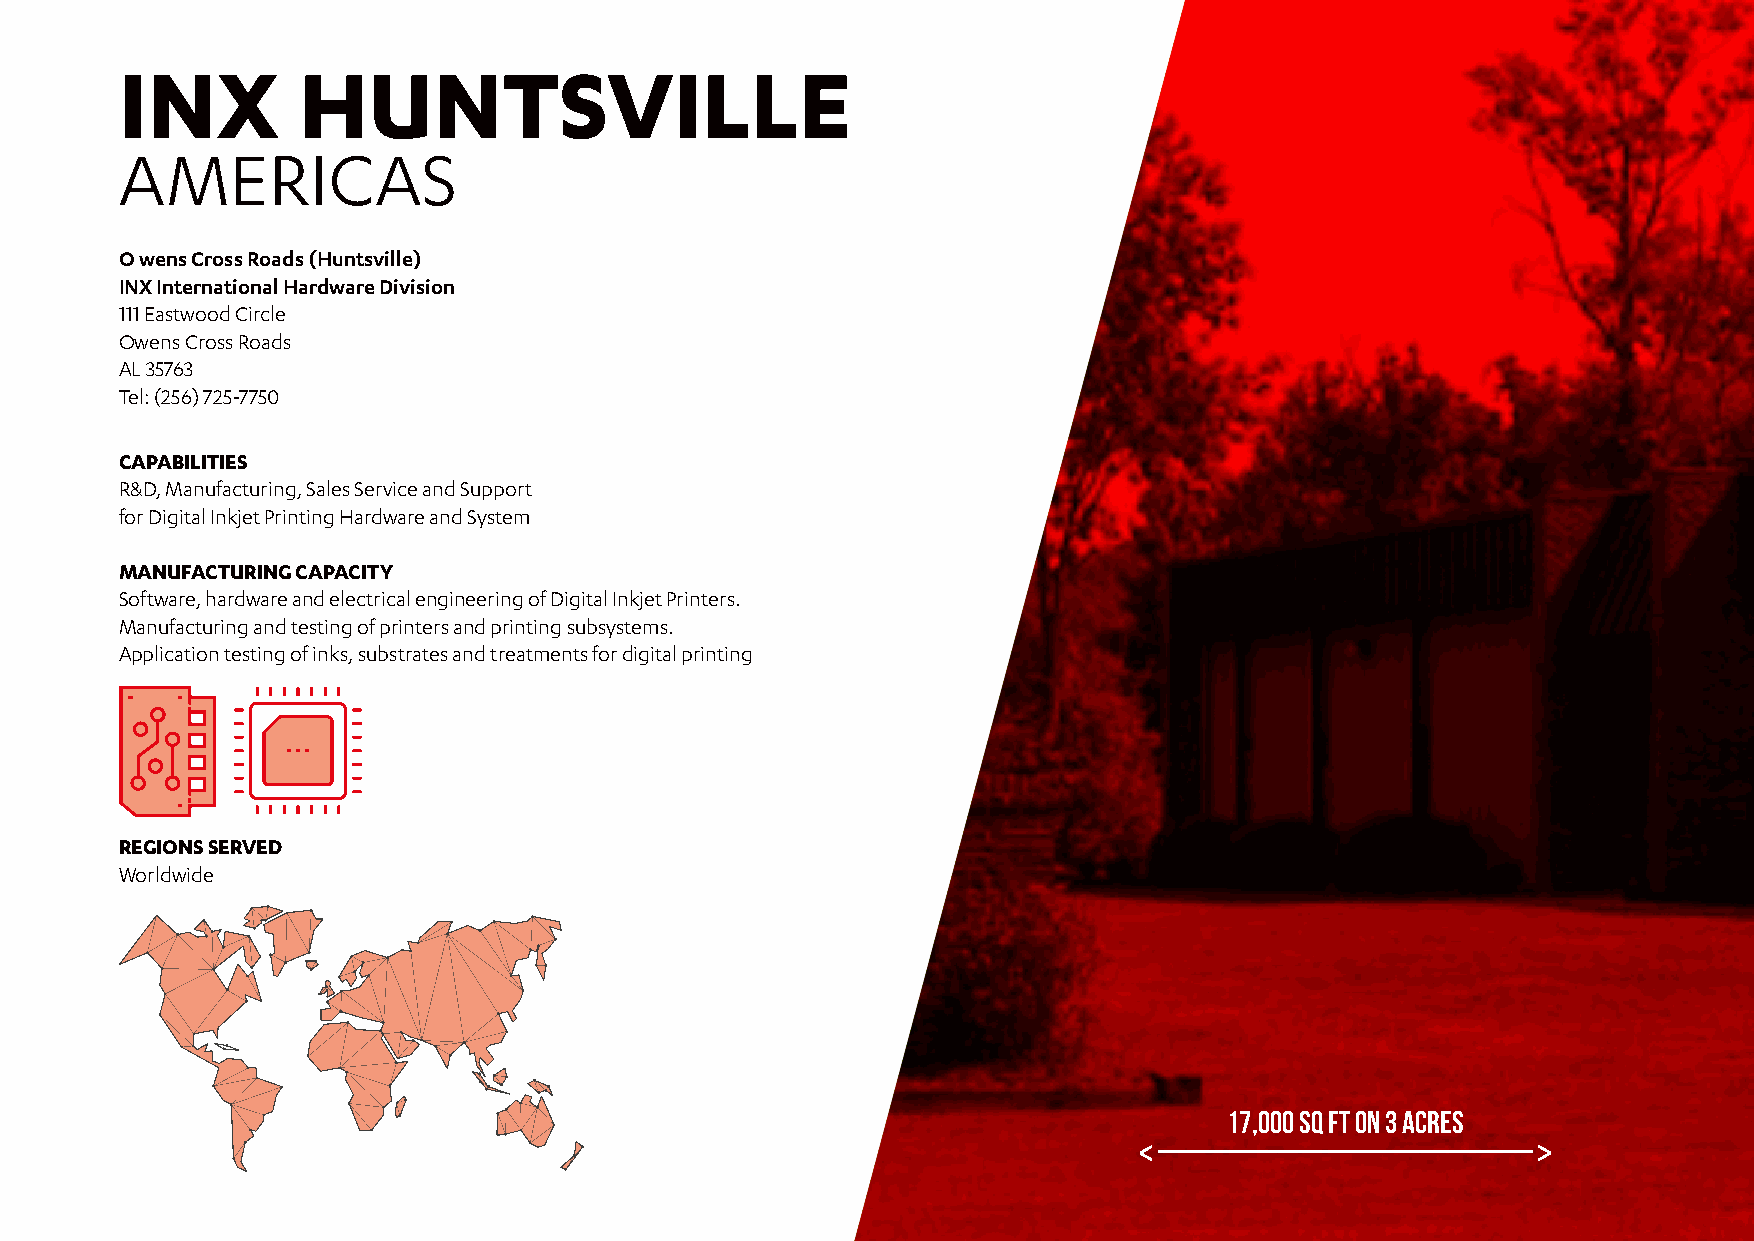
INX         HUNTSVILLE
 AMERICAS
 O wens Cross Roads (Huntsville)
 INX International Hardware Division
 111 Eastwood Circle
 Owens Cross Roads
 AL 35763
 Tel: (256) 725-7750
 CAPABILITIES
 R&D, Manufacturing, Sales Service and Support
 for Digital Inkjet Printing Hardware and System
 MANUFACTURING CAPACITY
 Software, hardware and electrical engineering of Digital Inkjet Printers.
 Manufacturing and testing of printers and printing subsystems.
 Application testing of inks, substrates and treatments for digital printing
 REGIONS SERVED
 Worldwide
 17,000 SQ FT ON 3 ACRES
 INX   International      UK   Ltd.